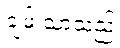
ချမ်းသာသည်